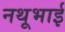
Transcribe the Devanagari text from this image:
नथूभाई